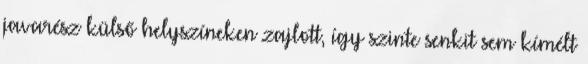
javarész külső helyszíneken zajlott, így szinte senkit sem kímélt